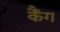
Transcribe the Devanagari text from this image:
कैंग